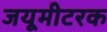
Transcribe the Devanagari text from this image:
जयूमीटरक